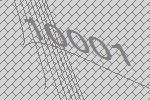
10001